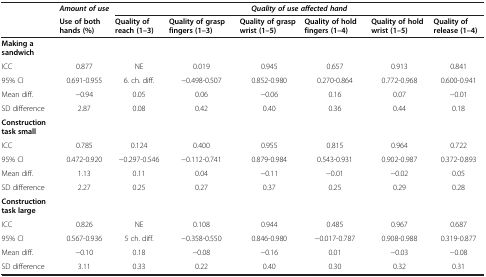
<table><thead><tr><td><b> </b></td><td><b><i>Amount of use</i></b></td><td colspan="6"><b><i>Quality of use affected hand</i></b></td></tr><tr><td><b> </b></td><td><b>Use of both hands (%)</b></td><td><b>Quality of reach (1–3)</b></td><td><b>Quality of grasp fingers (1–3)</b></td><td><b>Quality of grasp wrist (1–5)</b></td><td><b>Quality of hold fingers (1–4)</b></td><td><b>Quality of hold wrist (1–5)</b></td><td><b>Quality of release (1–4)</b></td></tr></thead><tbody><tr><td><b>Making a sandwich</b></td><td> </td><td> </td><td> </td><td> </td><td> </td><td> </td><td> </td></tr><tr><td>ICC</td><td>0.877</td><td>NE</td><td>0.019</td><td>0.945</td><td>0.657</td><td>0.913</td><td>0.841</td></tr><tr><td>95% CI</td><td>0.691-0.955</td><td>6. ch. diff.</td><td>−0.498-0.507</td><td>0.852-0.980</td><td>0.270-0.864</td><td>0.772-0.968</td><td>0.600-0.941</td></tr><tr><td>Mean diff.</td><td>−0.94</td><td>0.05</td><td>0.06</td><td>−0.06</td><td>0.16</td><td>0.07</td><td>−0.01</td></tr><tr><td>SD difference</td><td>2.87</td><td>0.08</td><td>0.42</td><td>0.40</td><td>0.36</td><td>0.44</td><td>0.18</td></tr><tr><td><b>Construction task small</b></td><td> </td><td> </td><td> </td><td> </td><td> </td><td> </td><td> </td></tr><tr><td>ICC</td><td>0.785</td><td>0.124</td><td>0.400</td><td>0.955</td><td>0.815</td><td>0.964</td><td>0.722</td></tr><tr><td>95% CI</td><td>0.472-0.920</td><td>−0.297-0.546</td><td>−0.112-0.741</td><td>0.879-0.984</td><td>0.543-0.931</td><td>0.902-0.987</td><td>0.372-0.893</td></tr><tr><td>Mean diff.</td><td>1.13</td><td>0.11</td><td>0.04</td><td>−0.11</td><td>−0.01</td><td>−0.02</td><td>0.05</td></tr><tr><td>SD difference</td><td>2.27</td><td>0.25</td><td>0.27</td><td>0.37</td><td>0.25</td><td>0.29</td><td>0.28</td></tr><tr><td><b>Construction task large</b></td><td> </td><td> </td><td> </td><td> </td><td> </td><td> </td><td> </td></tr><tr><td>ICC</td><td>0.826</td><td>NE</td><td>0.108</td><td>0.944</td><td>0.485</td><td>0.967</td><td>0.687</td></tr><tr><td>95% CI</td><td>0.567-0.936</td><td>5 ch. diff.</td><td>−0.358-0.550</td><td>0.846-0.980</td><td>−0.017-0.787</td><td>0.908-0.988</td><td>0.319-0.877</td></tr><tr><td>Mean diff.</td><td>−0.10</td><td>0.18</td><td>−0.08</td><td>−0.16</td><td>0.01</td><td>−0.03</td><td>−0.08</td></tr><tr><td>SD difference</td><td>3.11</td><td>0.33</td><td>0.22</td><td>0.40</td><td>0.30</td><td>0.32</td><td>0.31</td></tr></tbody></table>